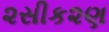
૨સીક૨ણ